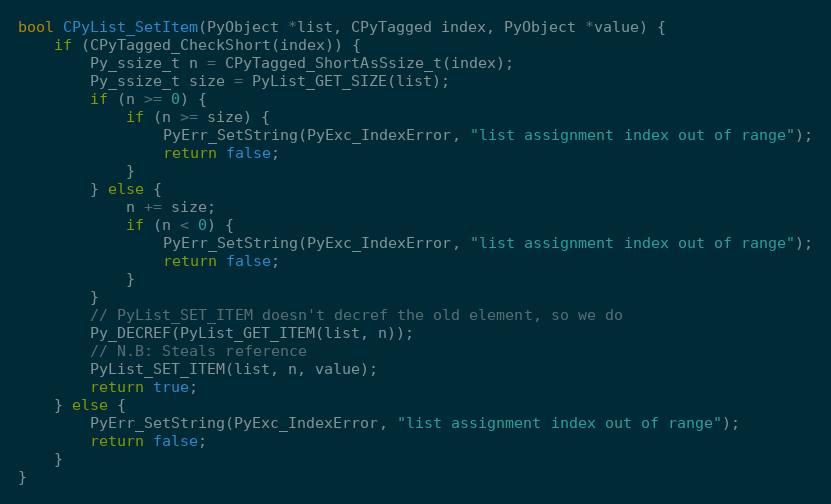
Language: C
bool CPyList_SetItem(PyObject *list, CPyTagged index, PyObject *value) {
    if (CPyTagged_CheckShort(index)) {
        Py_ssize_t n = CPyTagged_ShortAsSsize_t(index);
        Py_ssize_t size = PyList_GET_SIZE(list);
        if (n >= 0) {
            if (n >= size) {
                PyErr_SetString(PyExc_IndexError, "list assignment index out of range");
                return false;
            }
        } else {
            n += size;
            if (n < 0) {
                PyErr_SetString(PyExc_IndexError, "list assignment index out of range");
                return false;
            }
        }
        // PyList_SET_ITEM doesn't decref the old element, so we do
        Py_DECREF(PyList_GET_ITEM(list, n));
        // N.B: Steals reference
        PyList_SET_ITEM(list, n, value);
        return true;
    } else {
        PyErr_SetString(PyExc_IndexError, "list assignment index out of range");
        return false;
    }
}